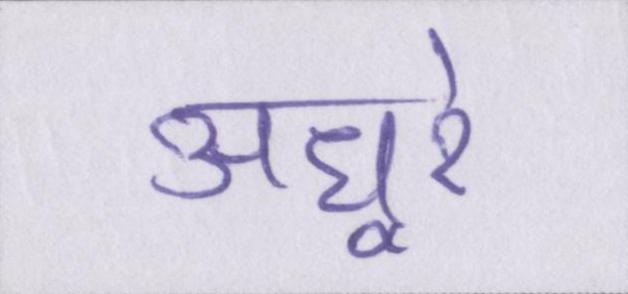
अधूरे